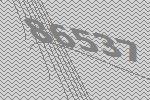
86537